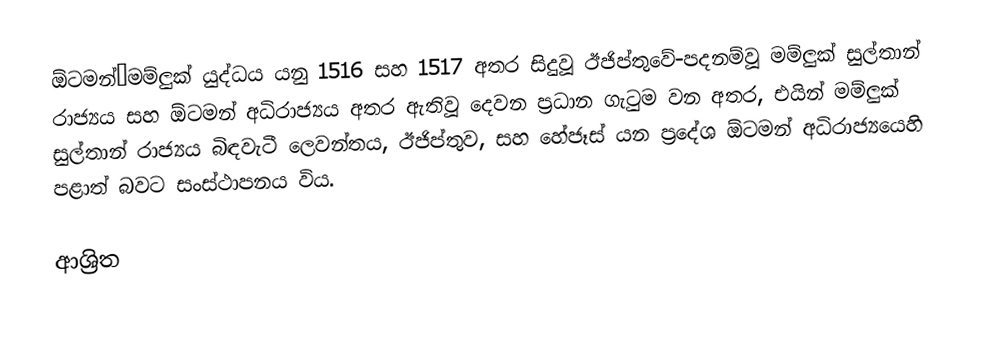
ඕටමන්–මම්ලුක් යුද්ධය යනු 1516 සහ 1517 අතර සිදුවූ ඊජිප්තුවේ-පදනම්වූ මම්ලුක් සුල්තාන් රාජ්‍යය සහ ඕටමන් අධිරාජ්‍යය අතර ඇතිවූ දෙවන ප්‍රධාන ගැටුම වන අතර, එයින් මම්ලුක් සුල්තාන් රාජ්‍යය බිඳවැටී ලෙවන්තය, ඊජිප්තුව, සහ හේජෑස් යන ප්‍රදේශ ඕටමන් අධිරාජ්‍යයෙහි පළාත් බවට සංස්ථාපනය විය.

ආශ්‍රිත